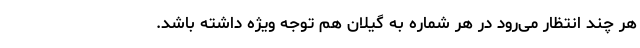
هر چند انتظار می‌رود در هر شماره به گیلان هم توجه ویژه داشته باشد.